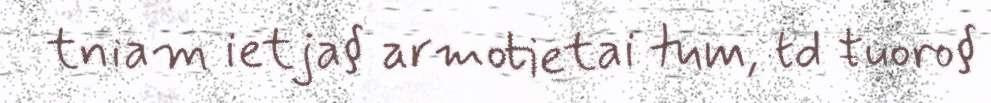
tniam ietja§ armotietai tum, td ŧuoro§